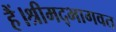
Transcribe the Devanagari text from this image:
हैं।श्रीमद्भागवत